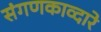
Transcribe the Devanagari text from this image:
संगणकाव्दारे